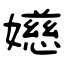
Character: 嬨